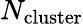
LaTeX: N_{\mathrm{cluster}}